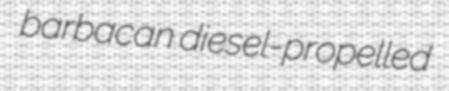
barbacan diesel-propelled